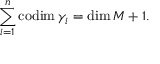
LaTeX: \sum _ { i = 1 } ^ { n } \mathrm { c o d i m } \, \gamma _ { i } = \mathrm { d i m } \, M + 1 .